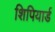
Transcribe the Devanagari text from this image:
शिपियार्ड